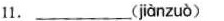
11.___( jànzuò )